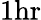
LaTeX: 1\mathrm{hr}